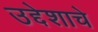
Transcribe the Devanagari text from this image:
उद्देशाचे